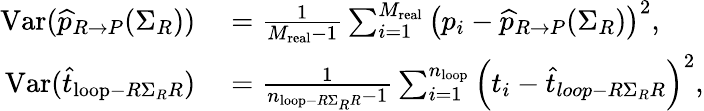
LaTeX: \begin{array}{rl}{\mathrm{Var}(\widehat{p}_{R\rightarrow P}(\Sigma_{R}))}&{{}=\frac{1}{M_{\mathrm{real}}-1}\sum_{i=1}^{M_{\mathrm{real}}}\left(p_{i}-\widehat{p}_{R\rightarrow P}(\Sigma_{R})\right)^{2},}\\ {\mathrm{Var}(\widehat{t}_{\mathrm{loop}-R\Sigma_{R}R})}&{{}=\frac{1}{n_{\mathrm{loop}-R\Sigma_{R}R}-1}\sum_{i=1}^{n_{\mathrm{loop}}}\left(t_{i}-\widehat{t}_{loop-R\Sigma_{R}R}\right)^{2},}\end{array}